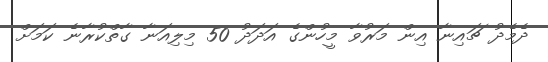
ދެމެދު ޗައިނާ އިން މަރުވާ މީހުންގެ އަދަދު 50 މިލިއަނާ ގާތްކުރާނެ ކަމަށް